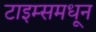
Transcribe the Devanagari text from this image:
टाइम्समधून